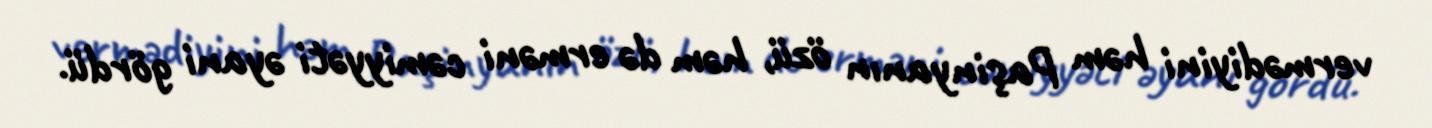
vermədiyini həm Paşinyanın özü, həm də erməni cəmiyyəti əyani gördü.